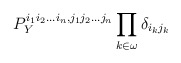
\begin{align*} P_Y^{i_1 i_2...i_n, j_1 j_2...j_n} \prod_{k \in \omega} \delta_{i_k j_k}\end{align*}